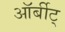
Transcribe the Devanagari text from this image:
ऑर्बीट्